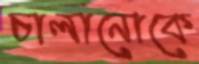
চালানোকে